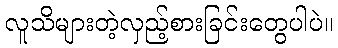
လူသိများတဲ့လှည့်စားခြင်းတွေပါပဲ။